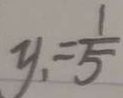
y _ { 1 } = \frac { 1 } { 5 }